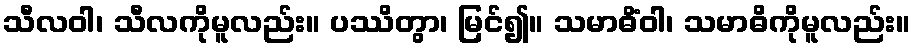
သီလဝါ၊ သီလကိုမူလည်း။ ပဿိတွာ၊ မြင်၍။ သမာဓိံဝါ၊ သမာဓိကိုမူလည်း။